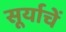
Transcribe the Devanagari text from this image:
सूर्याचें